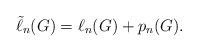
LaTeX: \begin{align*}\tilde \ell_n(G) = \ell_n(G) + p_n(G).\end{align*}